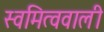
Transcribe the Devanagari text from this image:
स्वमित्ववाली